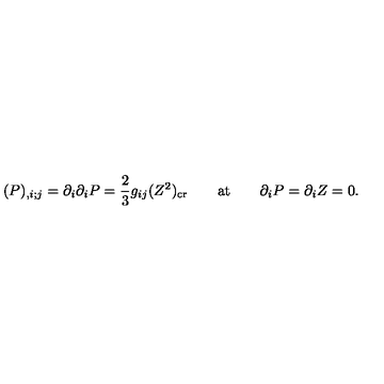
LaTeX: ( P ) _ { , i ; j } = \partial _ { i } \partial _ { i } P = { \frac { 2 } { 3 } } g _ { i j } ( Z ^ { 2 } ) _ { \mathrm { c r } } \qquad \mathrm { a t } \qquad \partial _ { i } P = \partial _ { i } Z = 0 .